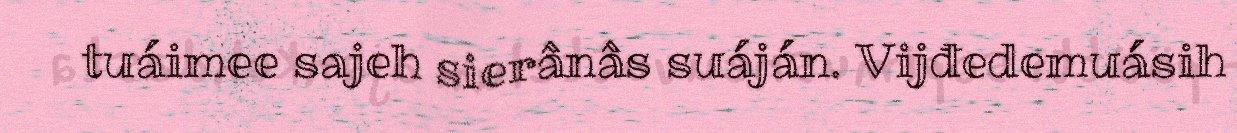
tuáimee sajeh sierânâs suáján. Vijđedemuásih